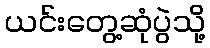
ယင်းတွေ့ဆုံပွဲသို့